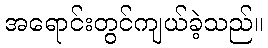
အရောင်းတွင်ကျယ်ခဲ့သည်။